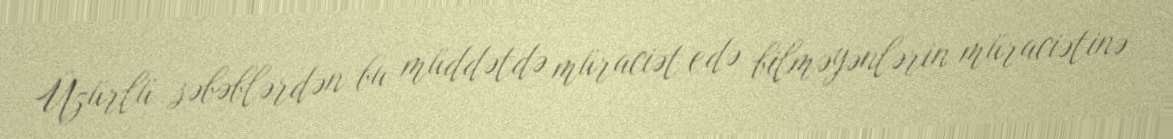
Üzürlü səbəblərdən bu müddətdə müraciət edə bilməyənlərin müraciətinə